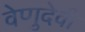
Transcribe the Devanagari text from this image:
वेणुदेवी